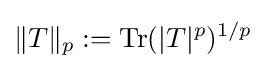
\|T\|_{p}:=\operatorname {Tr} (|T|^{p})^{1/p}